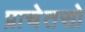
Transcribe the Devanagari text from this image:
प्राचेतसो